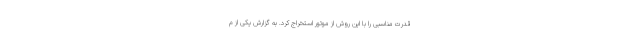
قدرت مناسبی را با این روش از موتور استخراج کرد. به گزارش یکی از م